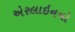
એરલાઇનનો